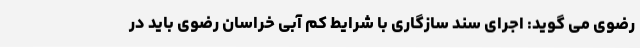
رضوی می گوید: اجرای سند سازگاری با شرایط کم آبی خراسان رضوی باید در